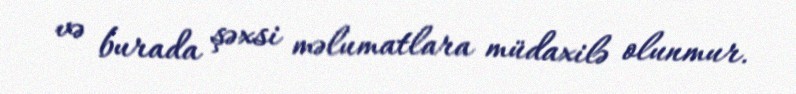
və burada şəxsi məlumatlara müdaxilə olunmur.